Malarial fevers
Disease focus: Malaria
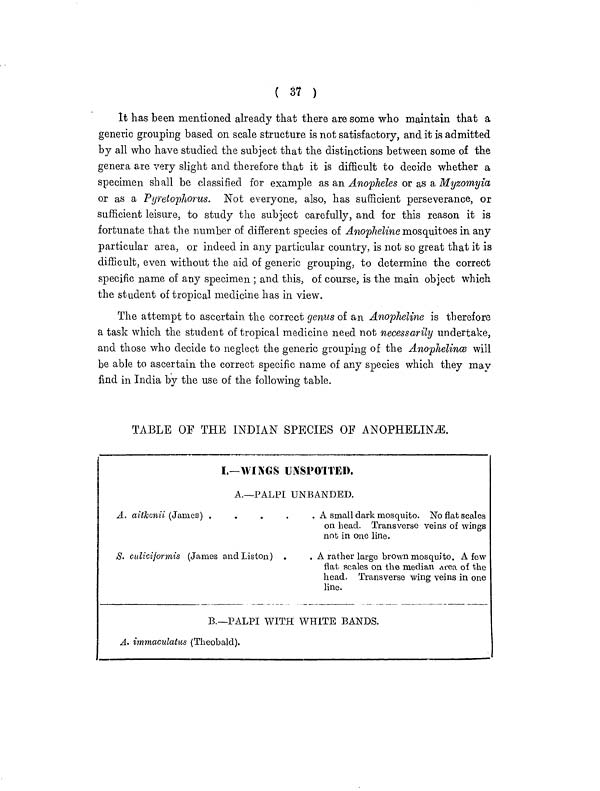
( 37 )
It has been mentioned already that there are some who maintain that a
generic grouping based on scale structure is not satisfactory, and it is admitted
by all who have studied the subject that the distinctions between some of the
genera are very slight and therefore that it is difficult to decide whether a
specimen shall be classified for example as an Anopheles or as a, Myzomyia
or as a Pyretophorus. Not everyone, also, has sufficient perseverance, or
sufficient leisure, to study the subject carefully, and for this reason it is
fortunate that the number of different species of Anopheline mosquitoes in any
particular area, or indeed in any particular country, is not so great that it is
difficult, even without the aid of generic grouping, to determine the correct
specific name of any specimen ; and this, of course, is the main object which
the student of tropical medicine has in view.
The attempt to ascertain the correct genus of an Anopheline is therefore
a task which the student of tropical medicine need not necessarily undertake,
and those who decide to neglect the generic grouping of the Anophelince will
be able to ascertain the correct specific name of any species which they may
find in India by the use of the following table.
TABLE OF THE INDIAN SPECIES OF ANOPHELINCE.
I.—WINGS UNSPOTTED.
A.—PALPI UNBANDED.
A. aitkenii (James)
....
S. culiciformis (James and Listen) .
A small dark mosquito. No flat scales
on head. Transverse veins of wings
not in one line.
A rather large brown mosquito. A few
flat scales on the median Ai-ea of the
head. Transverse wing veins in one
line.
B.—PALPI WITH WHITE BANDS.
A- immaculatus (Theobald).